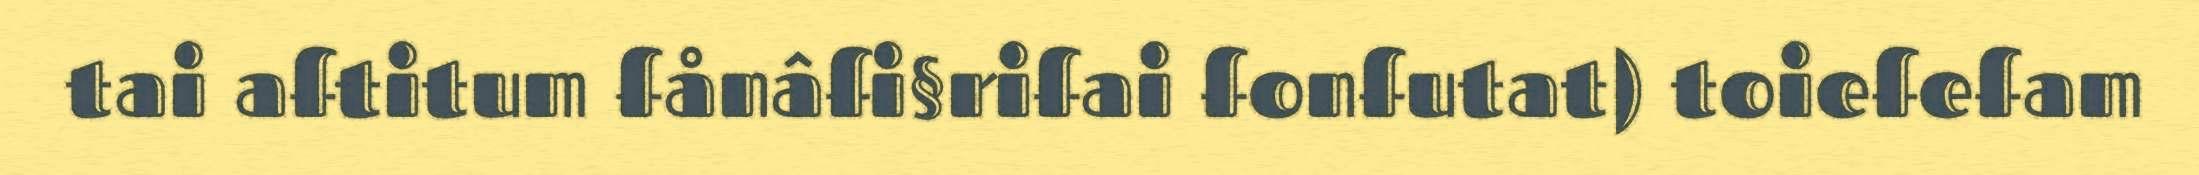
tai aftitum fånâfi§rifai fonfutat) toiefefam